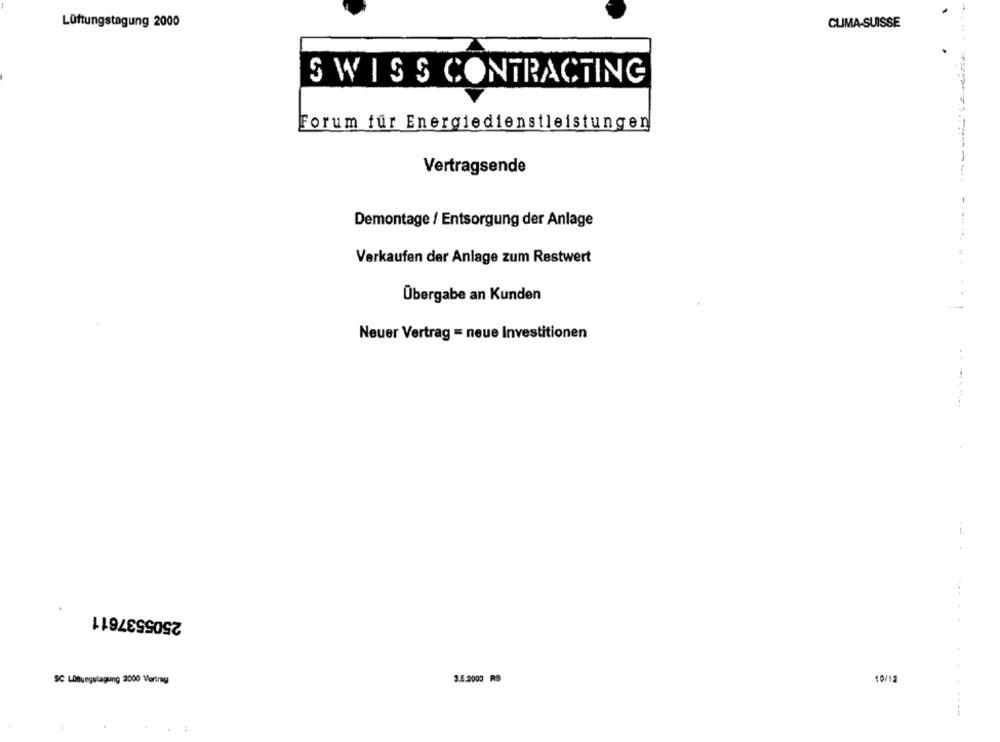
Lüftungstagung 2000
CLIMA-SUISSE
SWISS CONTRACTING
Forum für Energiedienstleistungen
Vertragsende
Demontage / Entsorgung der Anlage
......
Verkaufen der Anlage zum Restwert
Übergabe an Kunden
..
Neuer Vertrag = neue Investitionen
2505537611
SC LOfungutagung 2000 Vortrag
3.4.2000 AB
10/12